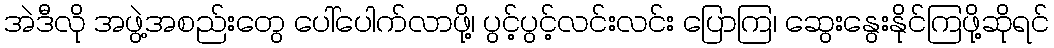
အဲဒီလို အဖွဲ့အစည်းတွေ ပေါ်ပေါက်လာဖို့၊ ပွင့်ပွင့်လင်းလင်း ပြောကြ၊ ဆွေးနွေးနိုင်ကြဖို့ဆိုရင်